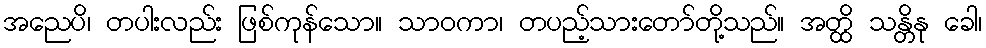
အညေပိ၊ တပါးလည်း ဖြစ်ကုန်သော။ သာဝကာ၊ တပည့်သားတော်တို့သည်။ အတ္ထိ သန္တိနု ခေါ၊